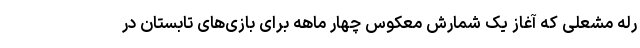
رله مشعلی که آغاز یک شمارش معکوس چهار ماهه برای بازی‌های تابستان در